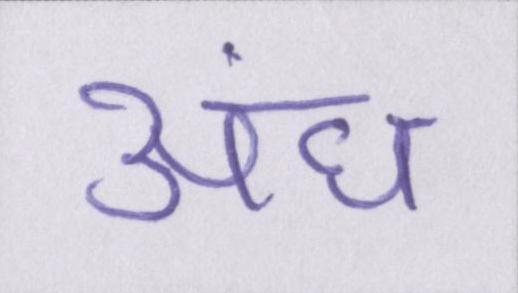
अंध